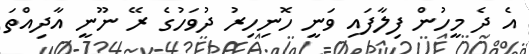
އެ ދެ މީހުން ފިލާފައި ވަނީ ހޮނިހިރު ދުވަހުގެ ރޭ ނޫނީ އާދިއްތަ